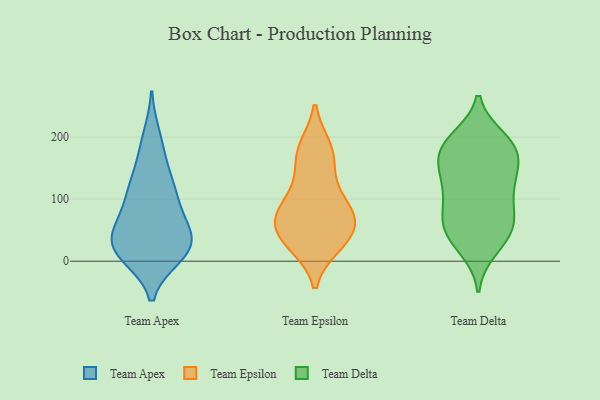
{"axis": {"x": "Temperature (°C)", "y": "Value"}, "legend": ["Team Apex", "Team Delta", "Team Epsilon"], "data": [{"x": "", "y": 22, "type": "Team Apex"}, {"x": "", "y": 131, "type": "Team Apex"}, {"x": "", "y": 116, "type": "Team Apex"}, {"x": "", "y": 175, "type": "Team Apex"}, {"x": "", "y": 16, "type": "Team Apex"}, {"x": "", "y": 67, "type": "Team Apex"}, {"x": "", "y": 117, "type": "Team Apex"}, {"x": "", "y": 17, "type": "Team Apex"}, {"x": "", "y": 200, "type": "Team Apex"}, {"x": "", "y": 10, "type": "Team Apex"}, {"x": "", "y": 27, "type": "Team Apex"}, {"x": "", "y": 65, "type": "Team Apex"}, {"x": "", "y": 37, "type": "Team Apex"}, {"x": "", "y": 20, "type": "Team Apex"}, {"x": "", "y": 50, "type": "Team Apex"}, {"x": "", "y": 99, "type": "Team Apex"}, {"x": "", "y": 166, "type": "Team Epsilon"}, {"x": "", "y": 92, "type": "Team Epsilon"}, {"x": "", "y": 181, "type": "Team Epsilon"}, {"x": "", "y": 61, "type": "Team Epsilon"}, {"x": "", "y": 52, "type": "Team Epsilon"}, {"x": "", "y": 182, "type": "Team Epsilon"}, {"x": "", "y": 101, "type": "Team Epsilon"}, {"x": "", "y": 26, "type": "Team Epsilon"}, {"x": "", "y": 64, "type": "Team Epsilon"}, {"x": "", "y": 76, "type": "Team Epsilon"}, {"x": "", "y": 27, "type": "Team Epsilon"}, {"x": "", "y": 134, "type": "Team Epsilon"}, {"x": "", "y": 31, "type": "Team Epsilon"}, {"x": "", "y": 70, "type": "Team Epsilon"}, {"x": "", "y": 125, "type": "Team Delta"}, {"x": "", "y": 35, "type": "Team Delta"}, {"x": "", "y": 70, "type": "Team Delta"}, {"x": "", "y": 134, "type": "Team Delta"}, {"x": "", "y": 123, "type": "Team Delta"}, {"x": "", "y": 104, "type": "Team Delta"}, {"x": "", "y": 164, "type": "Team Delta"}, {"x": "", "y": 65, "type": "Team Delta"}, {"x": "", "y": 197, "type": "Team Delta"}, {"x": "", "y": 175, "type": "Team Delta"}, {"x": "", "y": 188, "type": "Team Delta"}, {"x": "", "y": 20, "type": "Team Delta"}, {"x": "", "y": 168, "type": "Team Delta"}, {"x": "", "y": 57, "type": "Team Delta"}, {"x": "", "y": 59, "type": "Team Delta"}, {"x": "", "y": 86, "type": "Team Delta"}, {"x": "", "y": 36, "type": "Team Delta"}, {"x": "", "y": 144, "type": "Team Delta"}, {"x": "", "y": 187, "type": "Team Delta"}, {"x": "", "y": 192, "type": "Team Delta"}]}